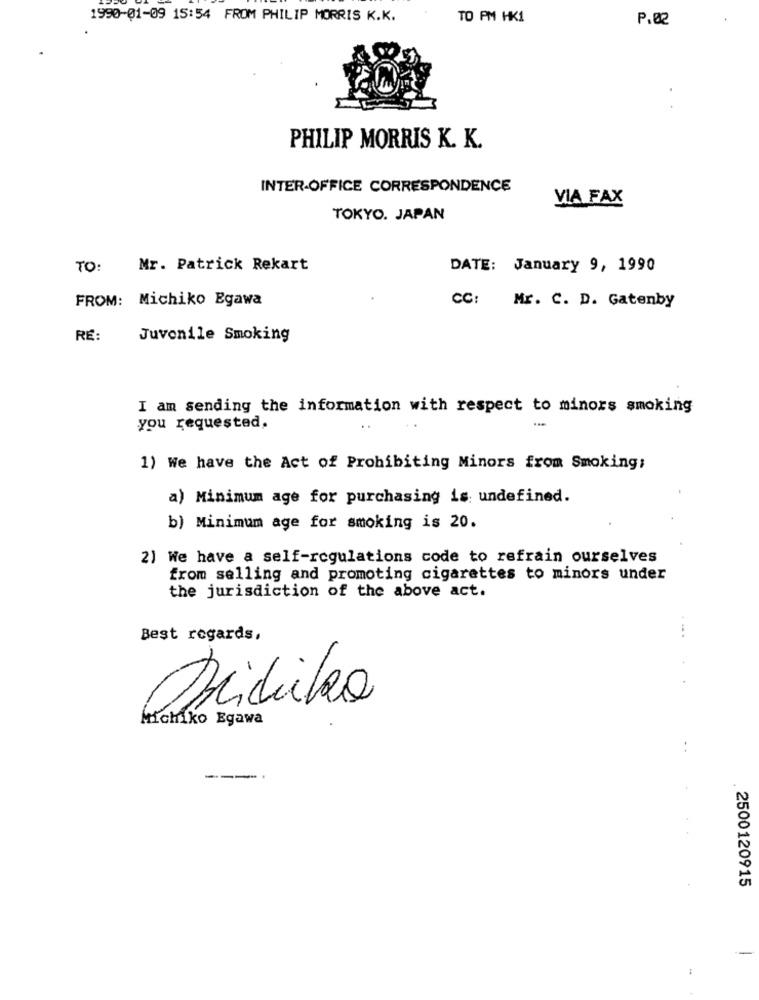
1990-01-09 15:54 FROM PHILIP MORRIS K.K.
TO PM HK1
P.02
.
PHILIP MORRIS K. K.
INTER-OFFICE CORRESPONDENCE
VIA FAX
TOKYO. JAPAN
TO: Mr. Patrick Rekart
DATE: January 9, 1990
FROM: Michiko Egawa
CC: Mr. C. D. Gatenby
RE:
Juvenile Smoking
I am sending the information with respect to minors smoking
you requested.
1) We have the Act of Prohibiting Minors from Smoking:
a) Minimum age for purchasing is: undefined.
b) Minimum age for smoking is 20.
2) We have a self-regulations code to refrain ourselves
from selling and promoting cigarettes to minors under
the jurisdiction of the above act.
--.
Best regards,
Michiko Egawa
:
---
2500120915